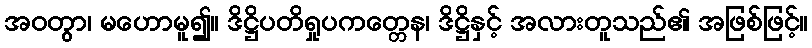
အဝတွာ၊ မဟောမူ၍။ ဒိဋ္ဌိပတိရှုပကတ္တေန၊ ဒိဋ္ဌိနှင့် အလားတူသည်၏ အဖြစ်ဖြင့်။